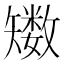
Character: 𥐈